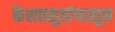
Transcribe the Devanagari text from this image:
केशवसुतांपासून